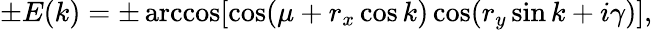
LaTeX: \pm E(k)=\pm\operatorname{arccos}[\cos(\mu+r_{x}\cos k)\cos(r_{y}\sin k+i\gamma)],